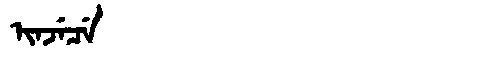
Manchu: ᡳᠨᠵᡝᠴᡝ
Romanization: INJECE